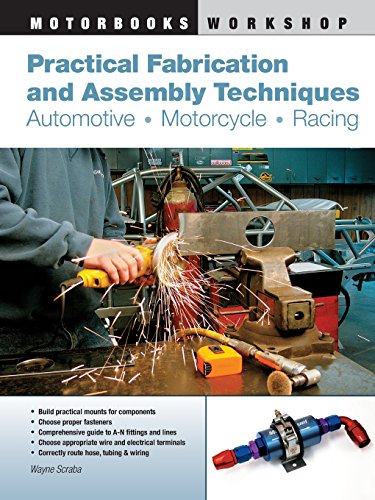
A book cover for Practical Fabrication and Assembly Techniques: Automotive, Motorcycle, Racing (Motorbooks Workshop); Wayne Scraba; Engineering & Transportation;